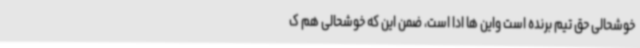
خوشحالی حق تیم برنده است واین ها ادا است، ضمن این که خوشحالی هم ک